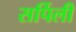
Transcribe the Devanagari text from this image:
सर्पिली